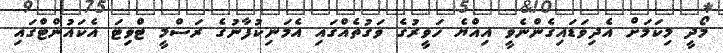
މޯދީ މިކަމަށް އެދިވަޑައިގެންނެވީ އިއްޔެ ހަވީރުގެ ވަގުތެއްގައި އެމަނިކުފާނުގެ ރަސްމީ ޓްވިޓަ އެކައުންޓްގައި